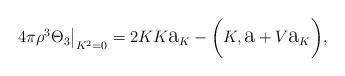
LaTeX: \begin{align*}4\pi\rho^{3}\Theta_{3}{\big|}_{K^{2}=0}=2KK\hbox{\Large a}_K -{\biggl (}K,\hbox{\Large a}+V\hbox{\Large a}_K{\biggr )},\end{align*}